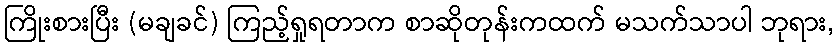
ကြိုးစားပြီး (မချခင်) ကြည့်ရှုရတာက စာဆိုတုန်းကထက် မသက်သာပါ ဘုရား,